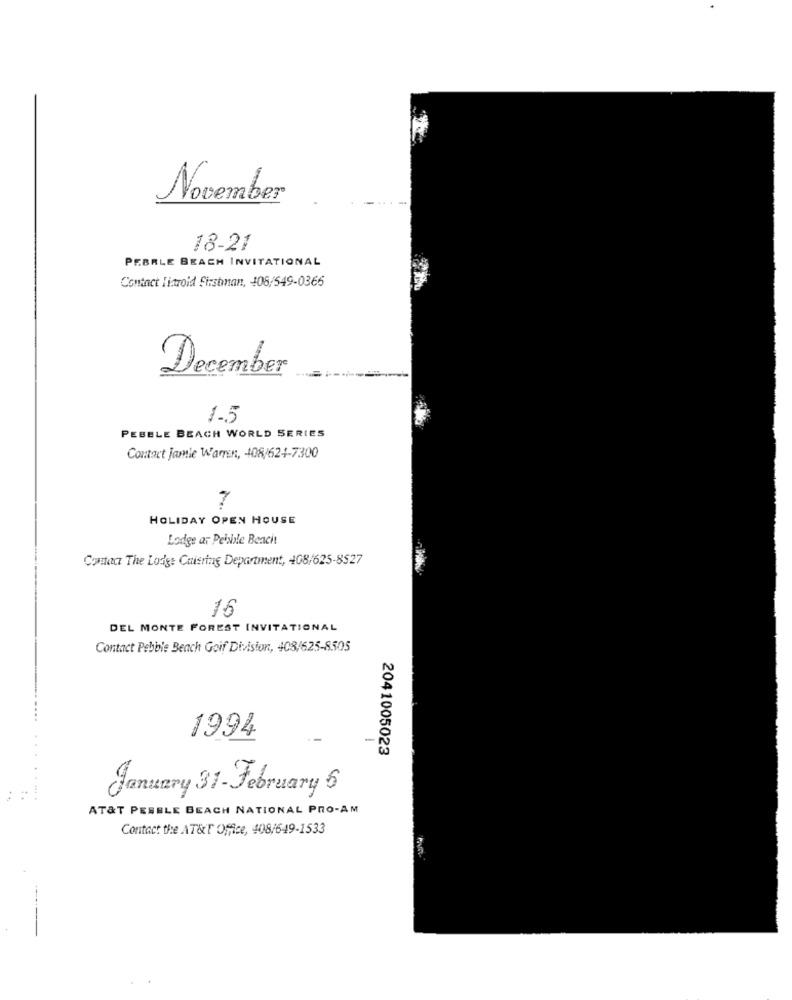
November
18-21
PEBBLE BEACH INVITATIONAL
Contact linroid Firstman, 405/549-0366
December
1-5
PEBBLE BEACH WORLD SERIES
Contact Jamie Warren, 408/624-7300
7
HOLIDAY OPEN HOUSE
Lodge ar Pelsble Beacht
Contact The Lodge Cuisring Department, 408/625-8527
16
DEL MONTE FOREST INVITATIONAL
Contact Pebble Beach Goif Division, 408/625-8505
1994
-
2041005023
January 31 -February 6
..
...
AT&T PEBBLE BEACH NATIONAL PRO-AM
Contact the AT&T Office, 408/649-1533